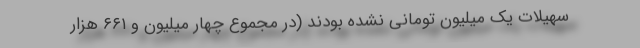
سهیلات یک میلیون تومانی نشده بودند (در مجموع چهار میلیون و ۶۶۱ هزار